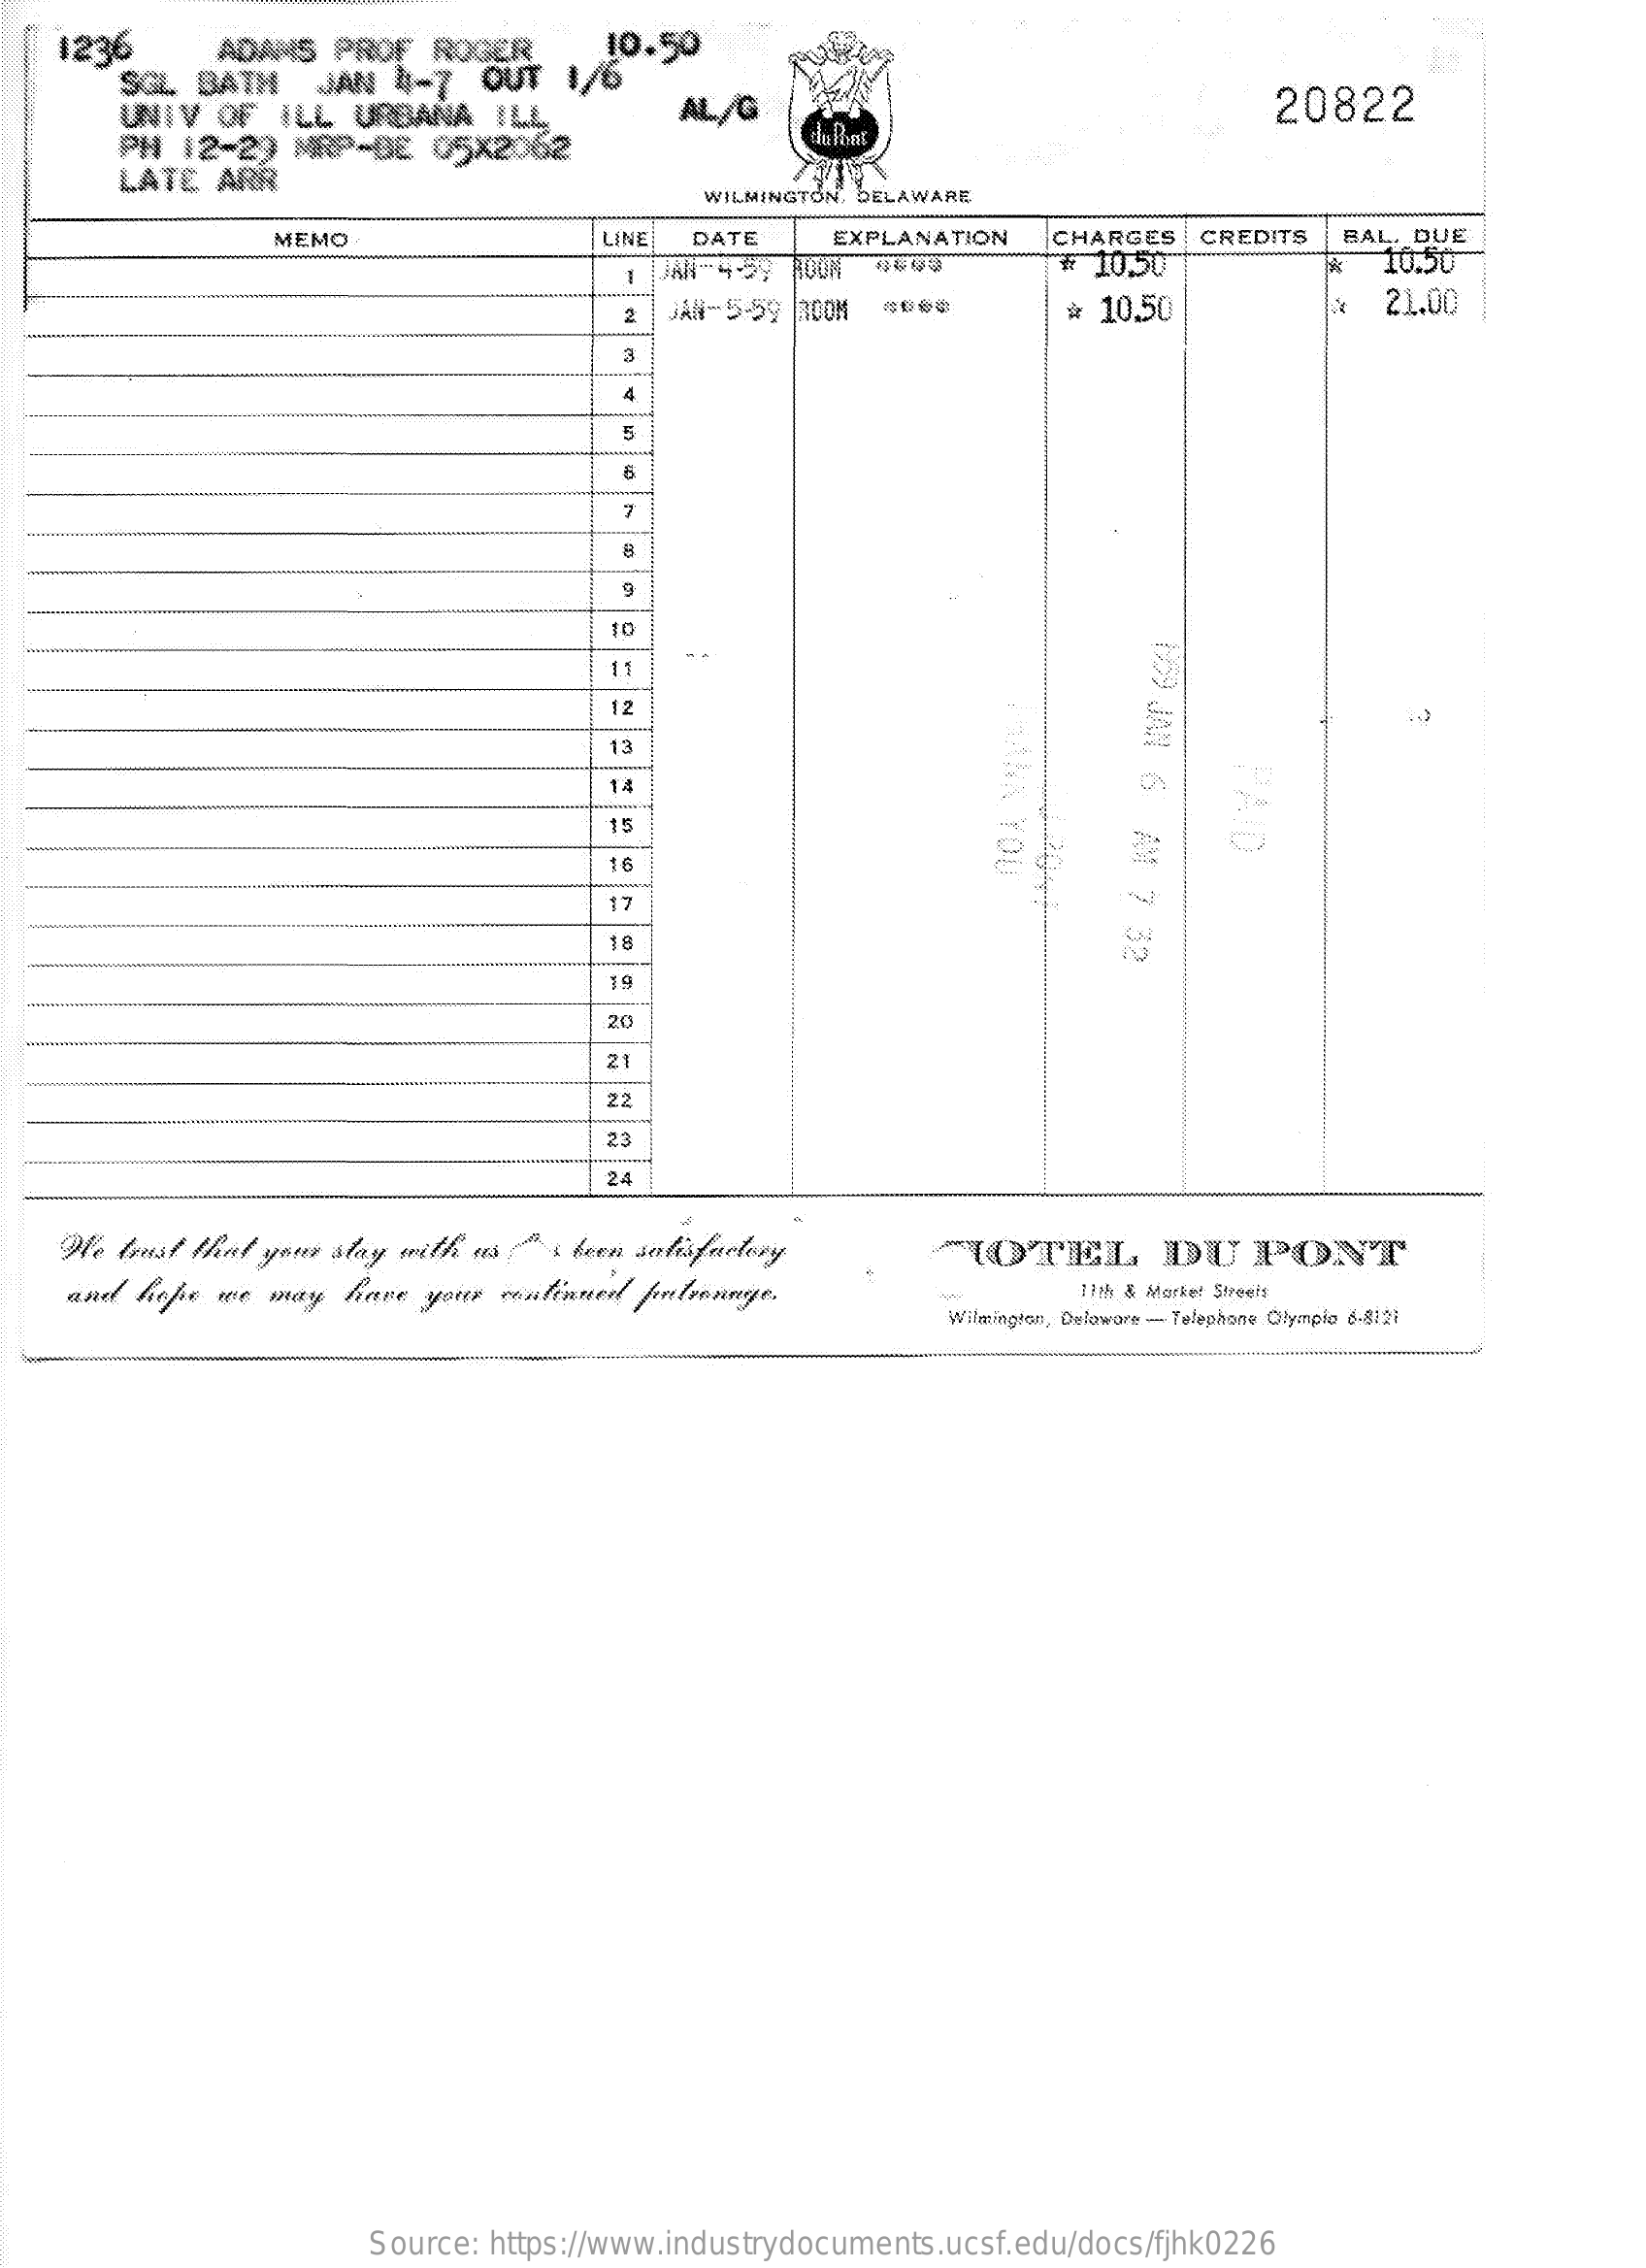
1236    ADANS  PROF  ROGER.    10.50
     SGL  BATH    JAN  4-7  OUT   1/6
     UNIV  OF  ILL  URBANA   IL.    AL/G    20822
     PH  12-29  MRP-DE   05×2062
     LATE  ARR
     WILMINGTON, DELAWARE
     MEMO    LINE  DATE    EXPLANATION   CHARGES   CREDITS  BAL. DUE
     ₹  10.50    10.00
     1  AN 4-59 ROOM
     21.00
     2   AN-5-59 |ROOM    è 10.50
     DO9
     JAN
     6
     12
     13
     AM
     7
     32
     16
     18
     20
     21
     22
     23
     24
    We  trust that your stay with us ( s been satisfactory   MHOTEL    DU    PONT
     and hope we may  have  your continued forelronnye.    17th & Marked Streets
     Wilmington, Delaware - Telephone Olympio 6.8121
     Source: https://www.industrydocuments.ucsf.edu/docs/fjhk0226